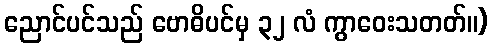
ညောင်ပင်သည် ဗောဓိပင်မှ ၃၂ လံ ကွာဝေးသတတ်။)